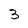
Character: 3